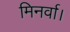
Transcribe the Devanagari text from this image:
मिनर्वा।